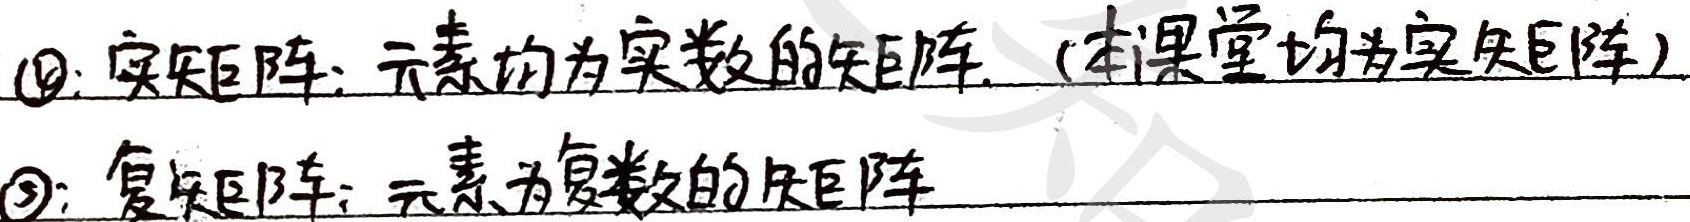
\(\textcircled{1}\)：实矩阵：元素均为实数的矩阵.（本课堂均为实矩阵）

\(\textcircled{2}\)：复矩阵：元素为复数的矩阵